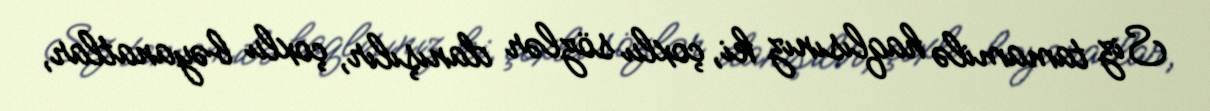
Siz tamamilə haqlısınız ki, çoxlu sözlər danışılır, çoxlu bəyanatlar,